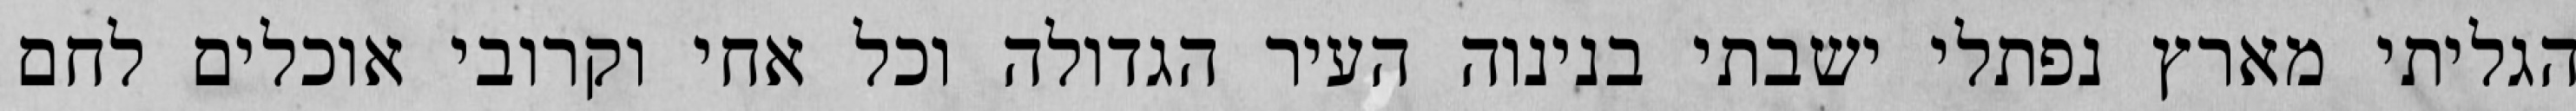
הגליתי מארץ נפתלי ישבתי בנינוה העיר הגדולה וכל אחי וקרובי אוכלים לחם